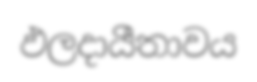
ඵලදායීතාවය